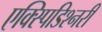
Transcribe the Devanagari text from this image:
एक्स्पिडिश्नरी